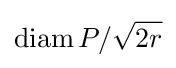
\operatorname {diam} P/{\sqrt {2r}}